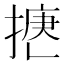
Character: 𢱅